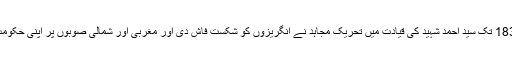
1842 تا 1831 تک سید احمد شہید کی قیادت میں تحریک مجاہد نے انگریزوں کو شکست فاش دی اور مغربی اور شمالی صوبوں پر اپنی حکومت قائم کر لی۔